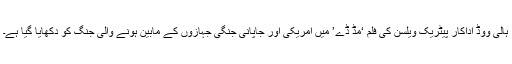
ہالی ووڈ اداکار پیٹریک ویلسن کی فلم ‘مڈ ڈے’ میں امریکی اور جاپانی جنگی جہازوں کے مابین ہونے والی جنگ کو دکھایا گیا ہے۔